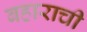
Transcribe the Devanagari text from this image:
बहाराची